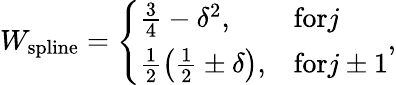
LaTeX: \begin{array}{r}{W_{\mathrm{spline}}=\Bigg\{ \begin{array}{ll}{\frac{3}{4}-{\delta}^{2},}&{\mathrm{for}j}\\ {\frac{1}{2}\left(\frac{1}{2}\pm\delta\right),}&{\mathrm{for}j\pm 1}\end{array},}\end{array}